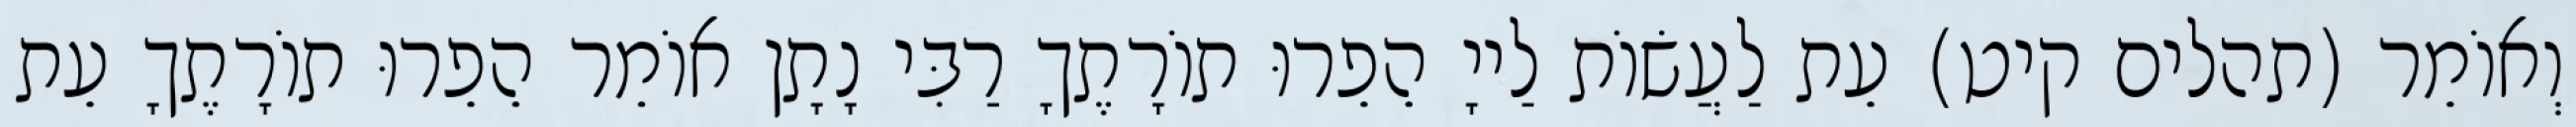
וְאוֹמֵר (תהלים קיט) עֵת לַעֲשׂוֹת לַייָ הֵפֵרוּ תוֹרָתֶךָ רַבִּי נָתָן אוֹמֵר הֵפֵרוּ תוֹרָתֶךָ עֵת